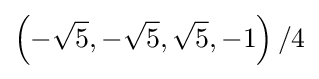
\left(-{\sqrt {5}},-{\sqrt {5}},{\sqrt {5}},-1\right)/4